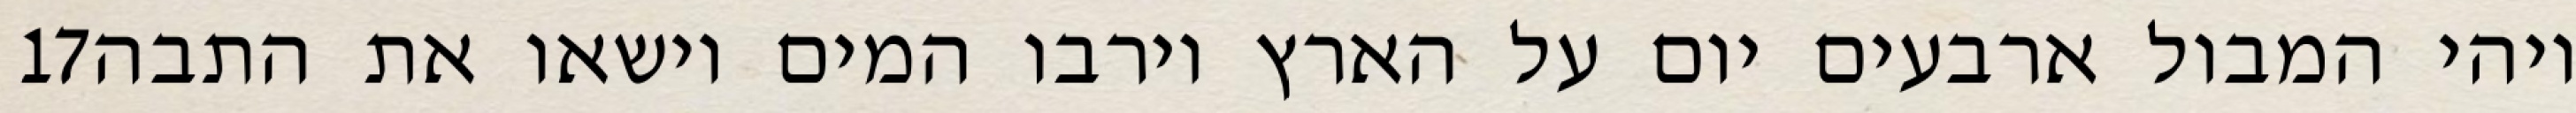
‎17‏ ויהי המבול ארבעים יום על הארץ וירבו המים וישאו את התבה